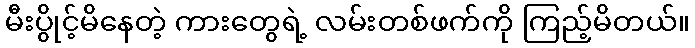
မီးပွိုင့်မိနေတဲ့ ကားတွေရဲ့ လမ်းတစ်ဖက်ကို ကြည့်မိတယ်။